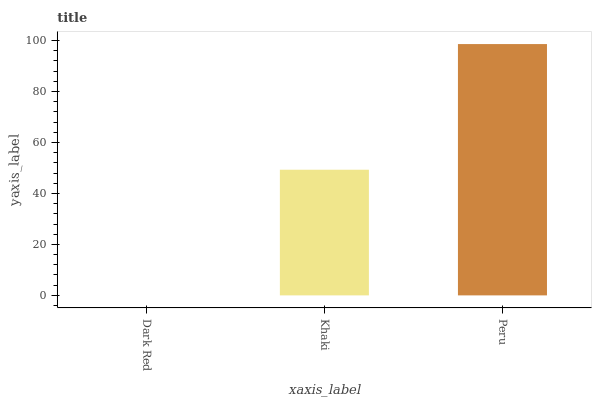
| xaxis_label | bars |
 | --- | --- |
 | Dark Red | 0 |
 | Khaki | 49.3 |
 | Peru | 98.6 |